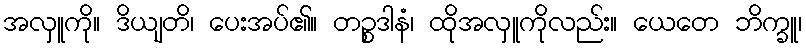
အလှူကို။ ဒိယျတိ၊ ပေးအပ်၏။ တဉ္စဒါနံ၊ ထိုအလှူကိုလည်း။ ယေတေ ဘိက္ခူ၊